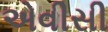
એવીસી